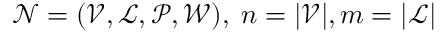
\mathcal { N } = ( \mathcal { V } , \mathcal { L } , \mathcal { P } , \mathcal { W } ) , \; n = | \mathcal { V } | , m = | \mathcal { L } |